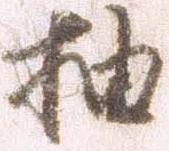
抽